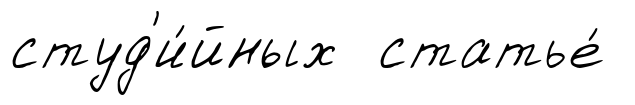
студ'и́йных статье́